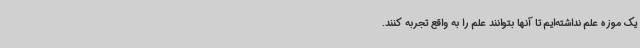
یک موزه علم نداشته‌ایم تا آنها بتوانند علم را به واقع تجربه کنند.